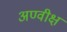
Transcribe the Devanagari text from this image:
अण्वीक्ष